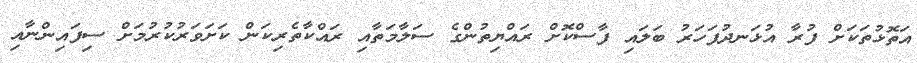
އަތޮޅުތަކަށް ފުރާ އުޅަނދުފަހަރު ބަލައި ފާސްކޮށް ރައްޔިތުންގެ ސަލާމަތާއި ރައްކާތެރިކަން ކަށަވަރުކުރުމަށް ސިފައިންނާއި